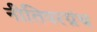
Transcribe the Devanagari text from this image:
नीतिपरग्रंथ